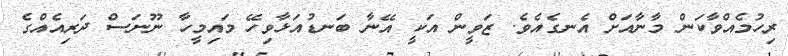
ރިހުމެއްވާކަން މާނާއަށް އެނގެއެވެ. ޒަވީން އަކީ އޭނާ ބަނޑުއަޅާވިހޭ މައިމީހާ ނޫނަސް ދަރިއެއްގެ